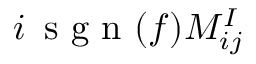
i \, \mathrm { ~ s ~ g ~ n ~ } ( f ) M _ { i j } ^ { I }